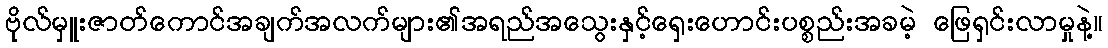
ဗိုလ်မှူးဇာတ်ကောင်အချက်အလက်များ၏အရည်အသွေးနှင့်ရှေးဟောင်းပစ္စည်းအခမဲ့ ဖြေရှင်းလာမှုနဲ့။